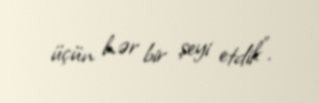
üçün hər bir şeyi etdik”.